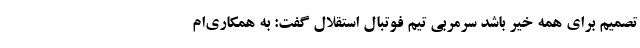
تصمیم برای همه خیر باشد سرمربی تیم فوتبال استقلال گفت: به همکاری‌ام